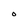
Character: O